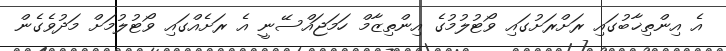
އެ އިންތިޚާބުގައި ރަށްރަށުގައި ވޯޓުލުމުގެ އިންތިޒާމް ހަމަޖައްސޭނީ އެ ރަށެއްގައި ވޯޓުލުމަށް މަދުވެގެން